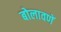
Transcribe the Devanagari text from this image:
बोलावणें